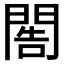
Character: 𨴬